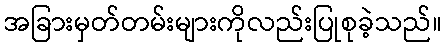
အခြားမှတ်တမ်းများကိုလည်းပြုစုခဲ့သည်။